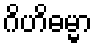
ဂိဟိဓမ္မာ